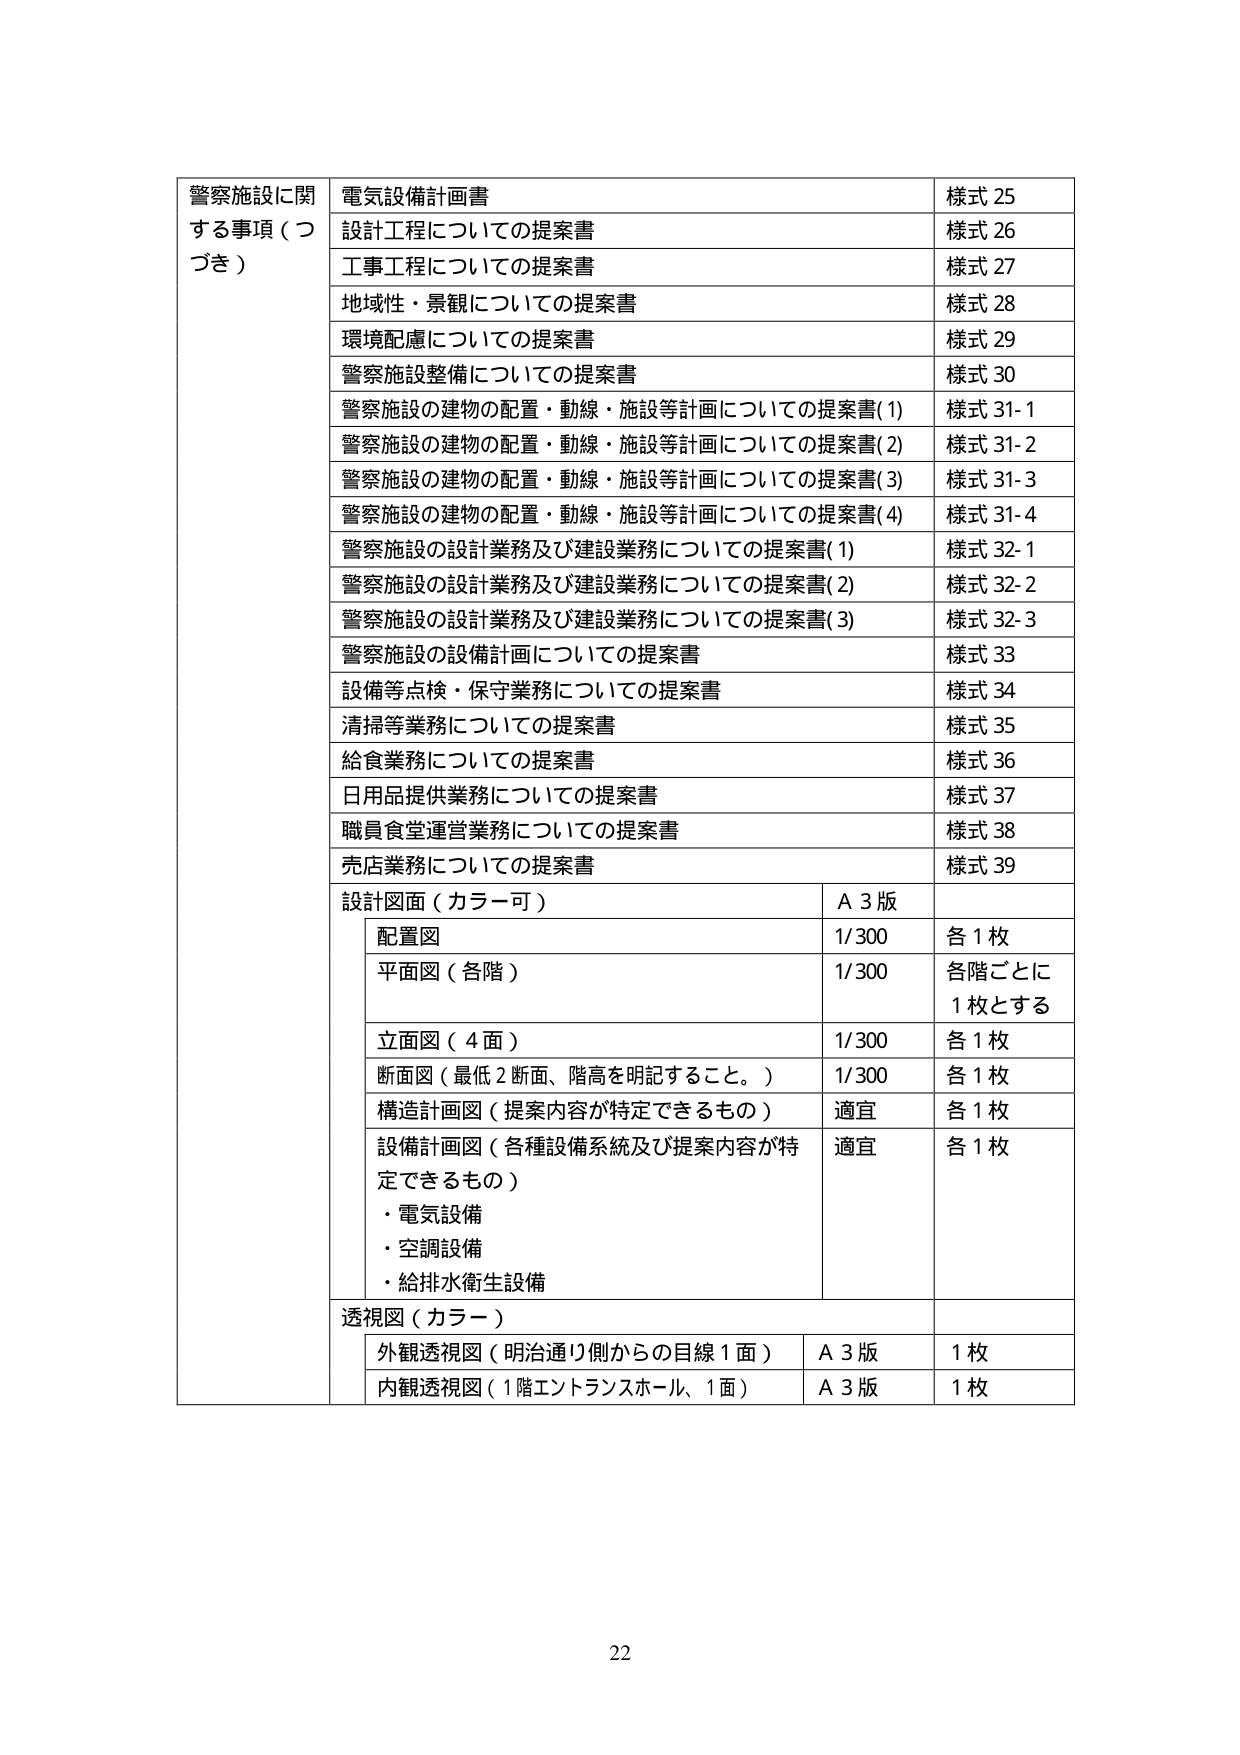
警察施設に関する事項（つづき）
電気設備計画書 様式 25
設計工程についての提案書 様式 26
工事工程についての提案書 様式 27
地域性・景観についての提案書 様式 28
環境配慮についての提案書 様式 29
警察施設整備についての提案書 様式 30
警察施設の建物の配置・動線・施設等計画についての提案書(1) 様式 31-1
警察施設の建物の配置・動線・施設等計画についての提案書(2) 様式 31-2
警察施設の建物の配置・動線・施設等計画についての提案書(3) 様式 31-3
警察施設の建物の配置・動線・施設等計画についての提案書(4) 様式 31-4
警察施設の設計業務及び建設業務についての提案書(1) 様式 32-1
警察施設の設計業務及び建設業務についての提案書(2) 様式 32-2
警察施設の設計業務及び建設業務についての提案書(3) 様式 32-3
警察施設の設備計画についての提案書 様式 33
設備等点検・保守業務についての提案書 様式 34
清掃等業務についての提案書 様式 35
給食業務についての提案書 様式 36
日用品提供業務についての提案書 様式 37
職員食堂運営業務についての提案書 様式 38
売店業務についての提案書 様式 39
設計図面（カラー可） A 3 版
配置図 1/300 各 1 枚
平面図（各階） 1/300 各階ごとに 1 枚とする
立面図（4 面） 1/300 各 1 枚
断面図（最低 2 断面、階高を明記すること。） 1/300 各 1 枚
構造計画図（提案内容が特定できるもの） 適宜 各 1 枚
設備計画図（各種設備系統及び提案内容が特定できるもの） 適宜 各 1 枚
・電気設備
・空調設備
・給排水衛生設備
透視図（カラー）
外観透視図（明治通り側からの目線 1 面） A 3 版 1 枚
内観透視図（1 階エントランスホール、1 面） A 3 版 1 枚
22